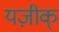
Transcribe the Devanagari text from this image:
यज़ीक्